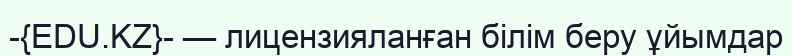
-{EDU.KZ}- — лицензияланған білім беру ұйымдар